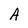
Character: A